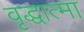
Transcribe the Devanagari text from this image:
वृद्धात्मा